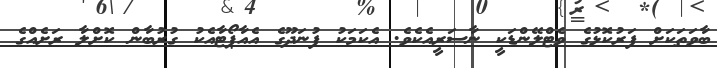
ބާވަތަކަށް ފަރުކޮޅުގެ ވެޓްލޭންޑަކީ ނާސަރީއެކެވެ. އެކަމަކު ފުނަދޫގެ އެއާޕޯޓާއެކު ގުރުބާން ކޮށްލާ ރަށެއްގެ